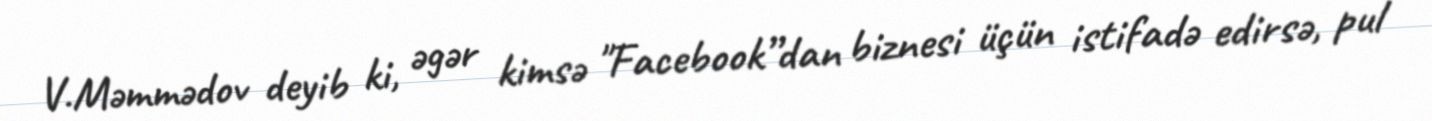
V.Məmmədov deyib ki, əgər kimsə "Facebook”dan biznesi üçün istifadə edirsə, pul